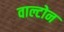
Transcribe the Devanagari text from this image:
वाल्टोन